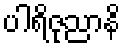
ပါရိဇုညာနိ